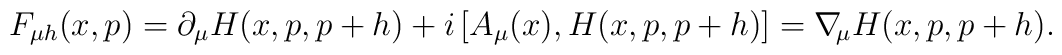
F_{\mu h}(x,p)=\partial_\mu H(x,p,p+h)	+i\,[A_\mu(x),H(x,p,p+h)]=\nabla\!_\mu H(x,p,p+h).